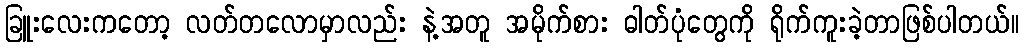
ခြူးလေးကတော့ လတ်တလောမှာလည်း နဲ့အတူ အမိုက်စား ဓါတ်ပုံတွေကို ရိုက်ကူးခဲ့တာဖြစ်ပါတယ်။